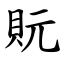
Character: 貦